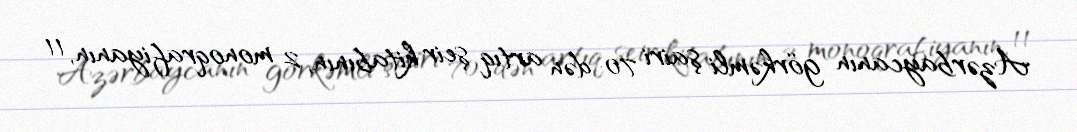
Azərbaycanın görkəmli şairi 70-dən artıq şeir kitabının, 2 monoqrafiyanın, 11